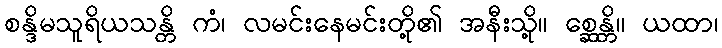
စန္ဒိမသူရိယသန္တိ ကံ၊ လမင်းနေမင်းတို့၏ အနီးသို့။ စ္ဆေန္တိ။ ယထာ၊